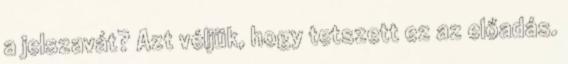
a jelszavát? Azt véljük, hogy tetszett ez az előadás.